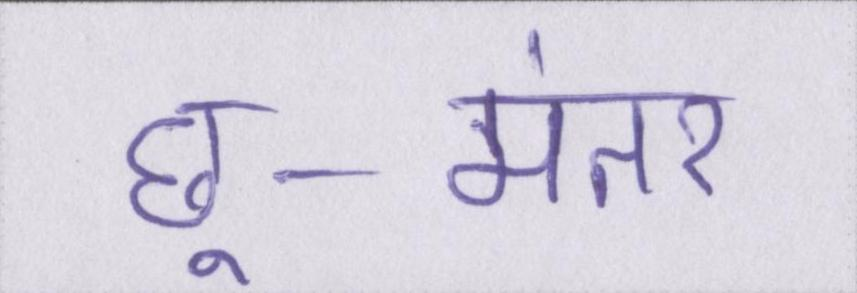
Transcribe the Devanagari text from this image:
छू-मंतर